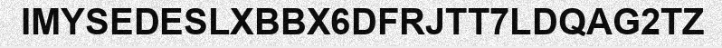
IMYSEDESLXBBX6DFRJTT7LDQAG2TZ